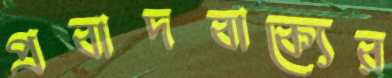
প্রবাদবাক্যের